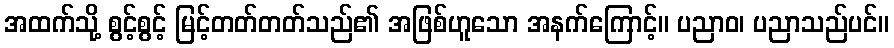
အထက်သို့ စွင့်စွင့် မြင့်တတ်တတ်သည်၏ အဖြစ်ဟူသော အနက်ကြောင့်။ ပညာဝ၊ ပညာသည်ပင်။